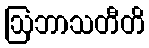
ဩဘာသတီတိ